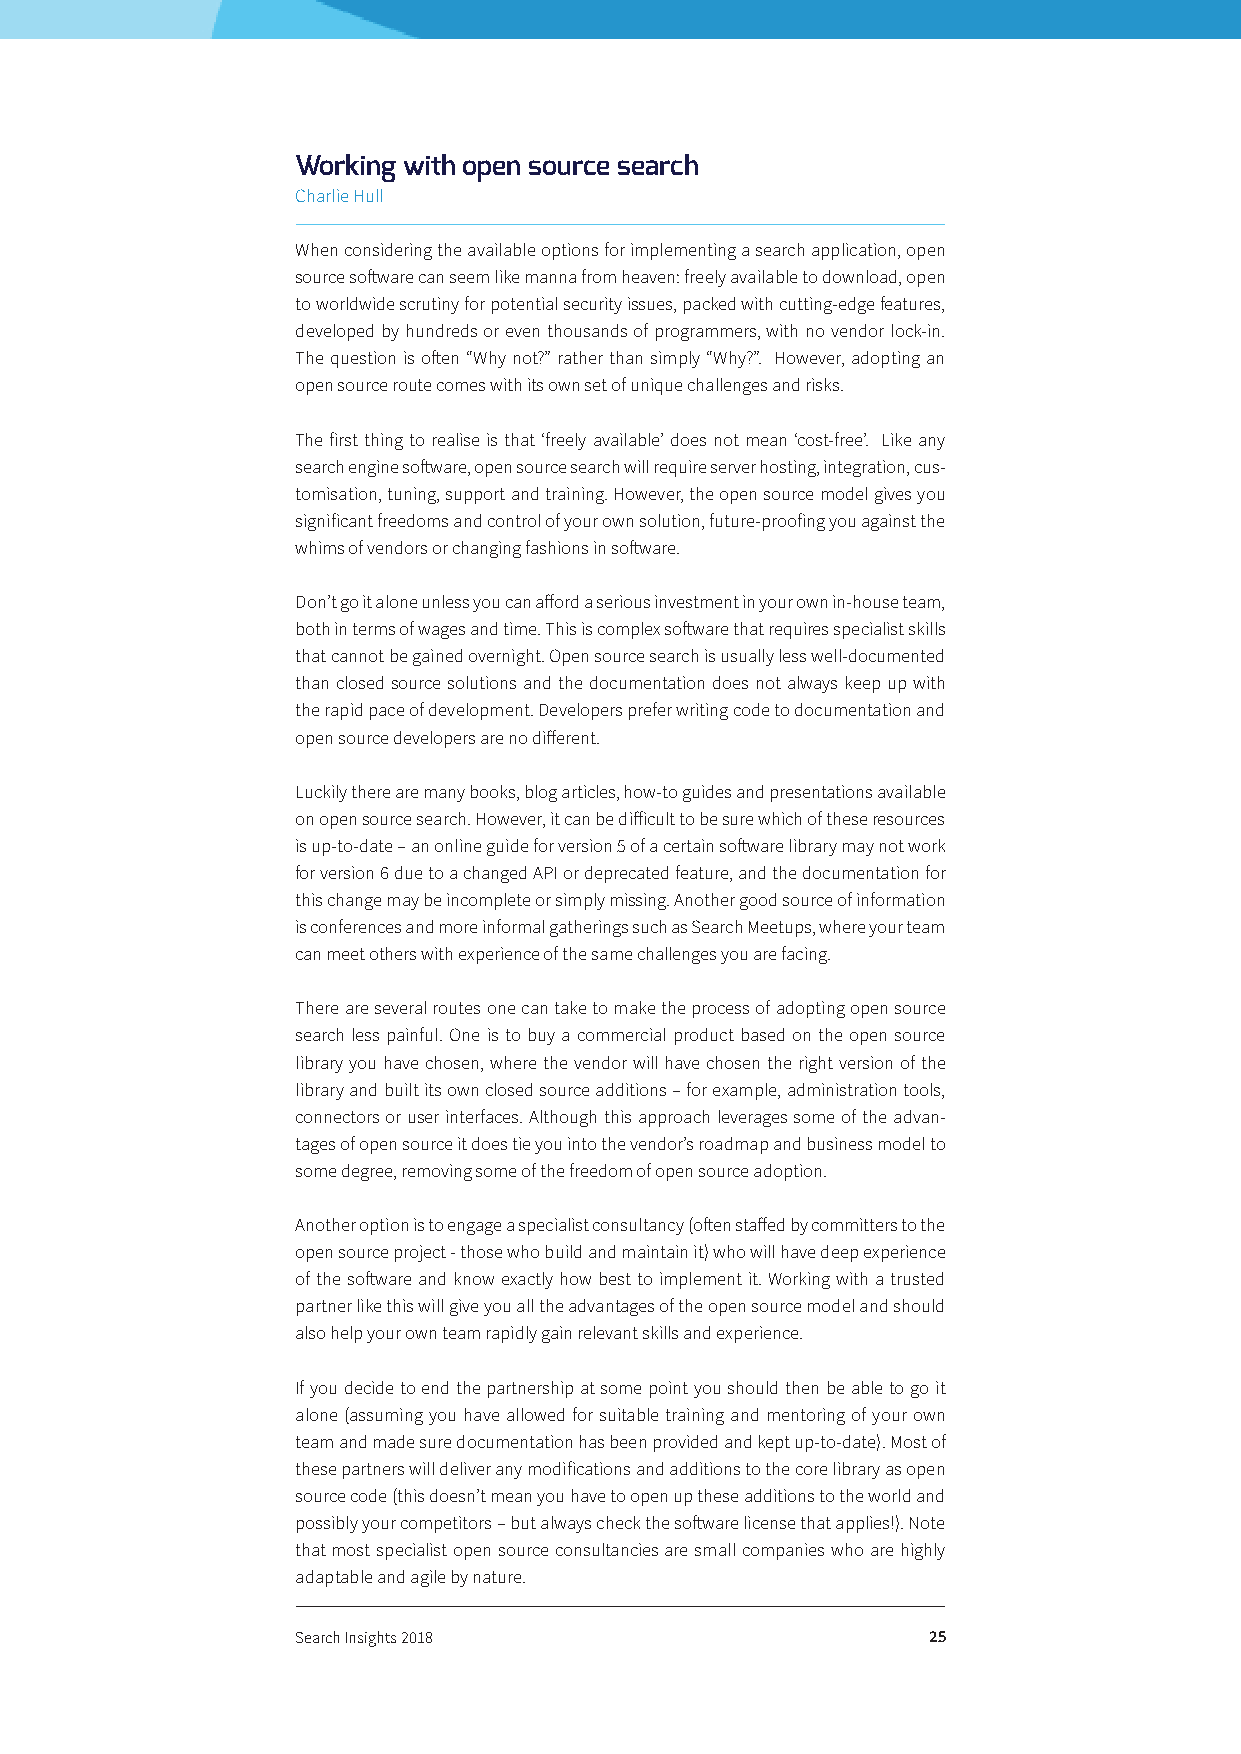
Working with open source search
 Charlie Hull
 When considering the available options for implementing a search application, open
 source software can seem like manna from heaven: freely available to download, open
 to worldwide scrutiny for potential security issues, packed with cutting-edge features,
 developed by hundreds or even thousands of programmers, with no vendor lock-in.
 The question is often “Why not?” rather than simply “Why?”. However, adopting an
 open source route comes with its own set of unique challenges and risks.
 The first thing to realise is that ‘freely available’ does not mean ‘cost-free’. Like any
 search engine software, open source search will require server hosting, integration, cus-
 tomisation, tuning, support and training. However, the open source model gives you
 significant freedoms and control of your own solution, future-proofing you against the
 whims of vendors or changing fashions in software.
 Don’t go it alone unless you can afford a serious investment in your own in-house team,
 both in terms of wages and time. This is complex software that requires specialist skills
 that cannot be gained overnight. Open source search is usually less well-documented
 than closed source solutions and the documentation does not always keep up with
 the rapid pace of development. Developers prefer writing code to documentation and
 open source developers are no different.
 Luckily there are many books, blog articles, how-to guides and presentations available
 on open source search. However, it can be difficult to be sure which of these resources
 is up-to-date – an online guide for version 5 of a certain software library may not work
 for version 6 due to a changed API or deprecated feature, and the documentation for
 this change may be incomplete or simply missing. Another good source of information
 is conferences and more informal gatherings such as Search Meetups, where your team
 can meet others with experience of the same challenges you are facing.
 There are several routes one can take to make the process of adopting open source
 search less painful. One is to buy a commercial product based on the open source
 library you have chosen, where the vendor will have chosen the right version of the
 library and built its own closed source additions – for example, administration tools,
 connectors or user interfaces. Although this approach leverages some of the advan-
 tages of open source it does tie you into the vendor’s roadmap and business model to
 some degree, removing some of the freedom of open source adoption.
 Another option is to engage a specialist consultancy (often staffed by committers to the
 open source project - those who build and maintain it) who will have deep experience
 of the software and know exactly how best to implement it. Working with a trusted
 partner like this will give you all the advantages of the open source model and should
 also help your own team rapidly gain relevant skills and experience.
 If you decide to end the partnership at some point you should then be able to go it
 alone (assuming you have allowed for suitable training and mentoring of your own
 team and made sure documentation has been provided and kept up-to-date). Most of
 these partners will deliver any modifications and additions to the core library as open
 source code (this doesn’t mean you have to open up these additions to the world and
 possibly your competitors – but always check the software license that applies!). Note
 that most specialist open source consultancies are small companies who are highly
 adaptable and agile by nature.
 Search Insights 2018                     25